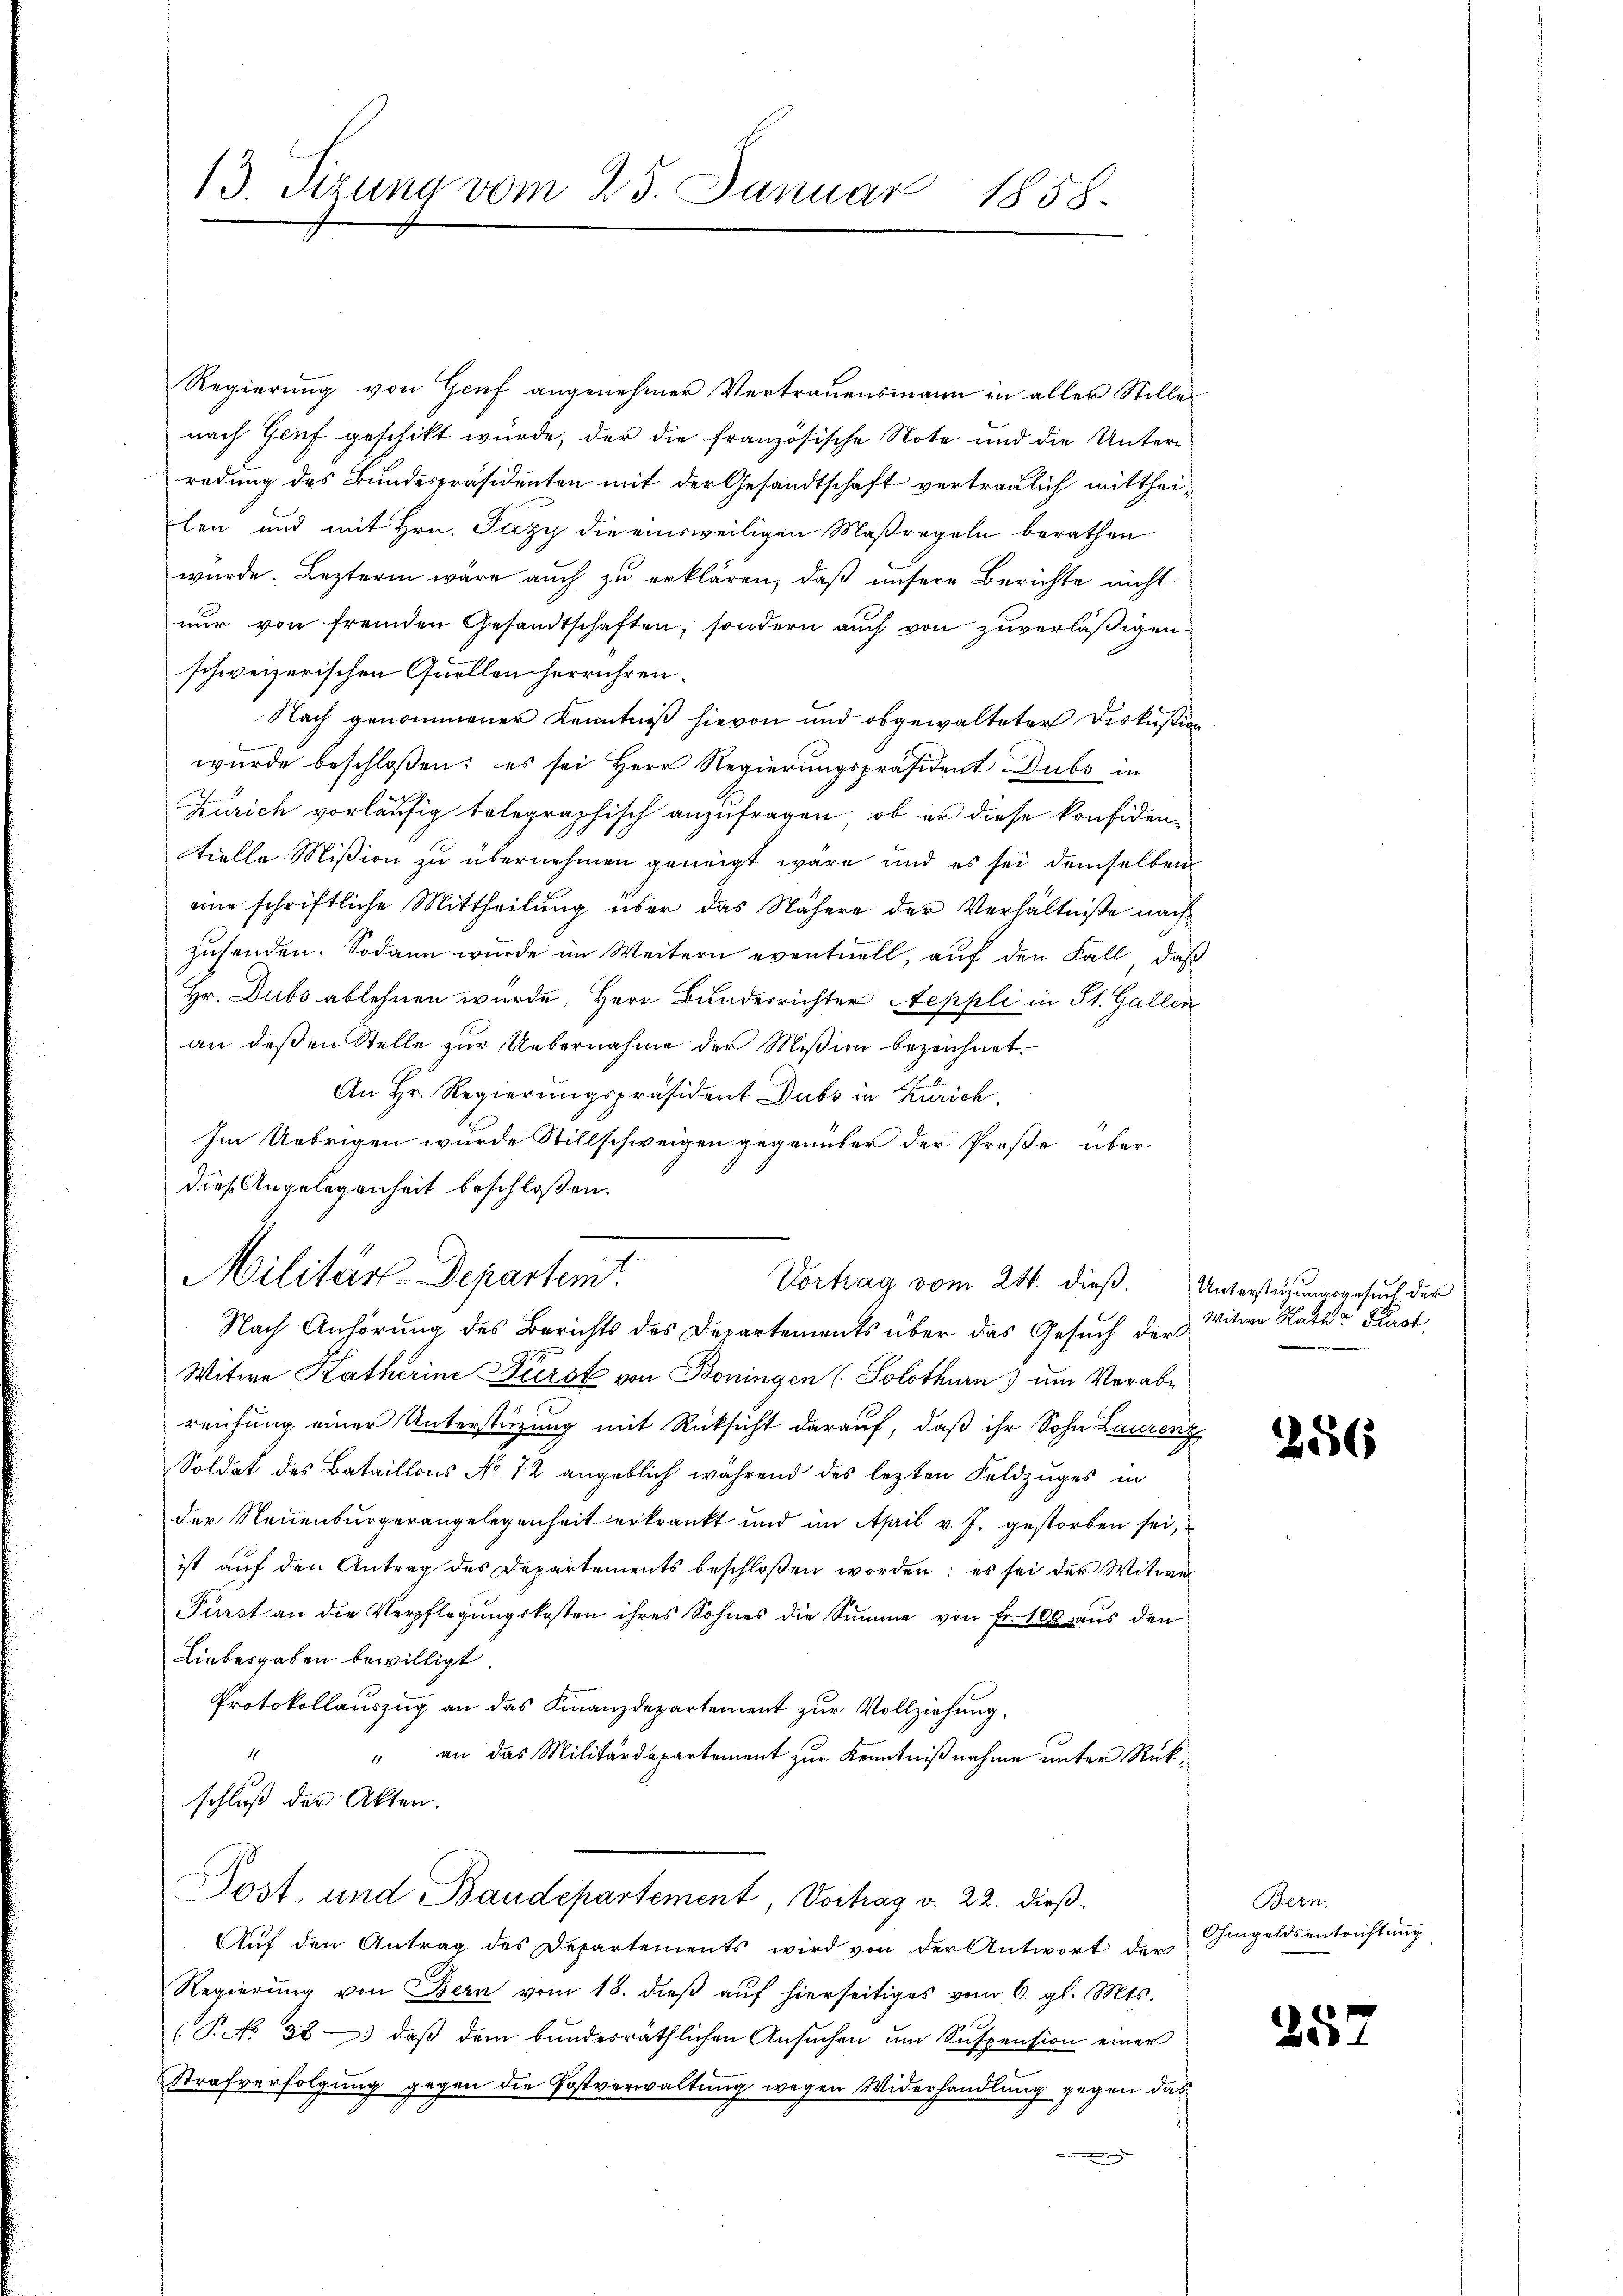
13. Sizung vom 25. Januar 1858.

Regierung von Genf angenehmer Vertrauensmann in aller Stille
nach Genf geschikt wurde, der die französische Note und die Unterredung des Bundespräsidenten mit der Gesandtschaft vertraulich mittheilen und mit Hrn. Pazy die einsweiligen Maßregeln berathen
wurde. Lezteren wäre auch zu erklären, daß unsere Berichte nicht
nur von fremden Gesandtschaften, sondern auch von zuverläßigen
schweizerischen Quellen herrühren.
Nach genommener Kenntniß hievon und obgewalteter Diskussion
wurde beschlossen: es sei Herr Regierungspräsident Dubs in
Zürich vorläufig telegraphisch anzufragen, ob er diese konfidentielle Mißion zu übernehmen geneigt wäre und es sei demselben
eine schriftliche Mittheilung über das Nähere der Verhältniße nachzusenden. Sodann wurde im Weitern eventuell, auf den Fall, daß
Hr. Dubs ablehnen wurde, Herr Bunderrichter Aeppli in St. Gallen
an deßen Stelle zur Uebernahme der Mißion bezeichnet.
An Hr. Regierungspräsident Dubs in Zürich
Im Uebrigen wurde Stillschweigen gegenüber der Proße über-
diese Angelegenheit beschloßen:
Militärs-Departemt.
Vortrag vom 24. dieß. Unterstüzungsgesuch der
Nach Anhörung des Berichts des Departements über das Gesuch der
Witwe Katherine First von Boningen (Solothurn um Verabreichung einer Unterstüzung mit Rücksicht darauf, daß ihr Sohn Laurenz
Soldat des Bataillons No 72 angeblich während des lezten Feldzuges in
der Neuenburgerangelegenheit erkrankt und im April v. J. gestorben sei,
ist auf den Antrag des Departements beschloßen worden; es sei der Witwe
Fürst an die Verpflegungskosten ihres Sohnes die Summe von Fr. 100 aus den
Liebesgaben bewilligt
Protokollauszug an das Finanzdepartement zur Vollziehung,
" an das Militärdepartement zur Kenntnißnahme unter Rük¬
4
schluß der Akten.
Post- und Baudepartement, Vortrag v. 22. dieß.
Auf den Antrag des Departements wird von der Antwort der
Regierŭng von Bern vom 18. dieβ aŭf hierseitiges vom 6. gl. Mts.
(Pk 38) daβ dem bundesräthlichen Ansŭchen um Suspension einer
Strafverfolgung gegen die Postverwaltung wegen Widerhandlung gegen das

Witwe Kath Prot

256

Bern.
Ohmgeldsentrichtung

257